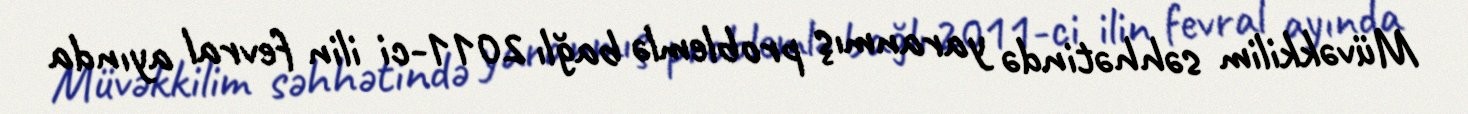
Müvəkkilim səhhətində yaranmış problemlə bağlı 2011-ci ilin fevral ayında